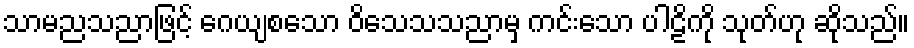
သာမညသညာဖြင့် ဂေယျစသော ဝိသေသသညာမှ ကင်းသော ပါဠိကို သုတ်ဟု ဆိုသည်။